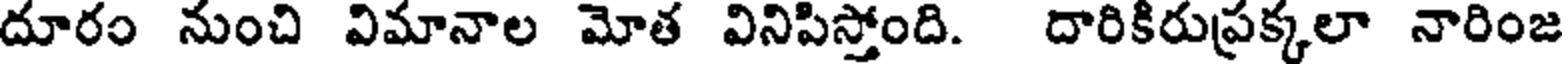
దూరం నుంచి విమానాల మోత వినిపిస్తోంది. దారికిరుప్రక్కలా నారింజ